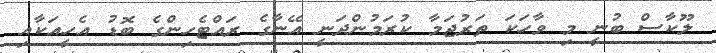
ލޫކާސް ބުނީ މި ވާހަކަ ތަރުޖަމާ ކުރަމުންދަނީ އޭނާގެ ރައްޓެހިންގެ ބޮޑު އެހީއަކާއި